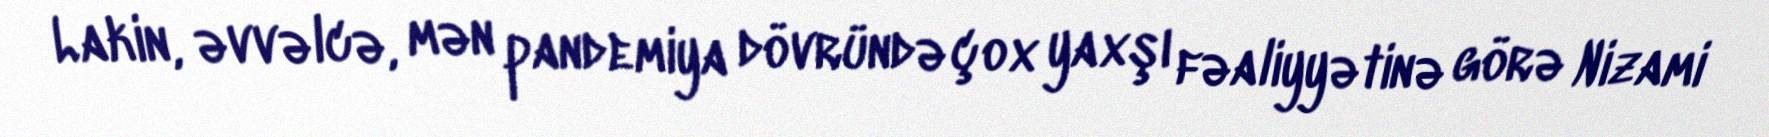
Lakin, əvvəlcə, mən pandemiya dövründə çox yaxşı fəaliyyətinə görə Nizami